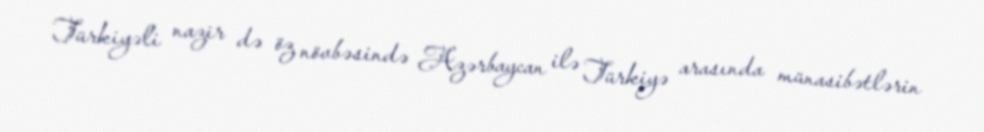
Türkiyəli nazir də öz növbəsində Azərbaycan ilə Türkiyə arasında münasibətlərin